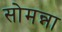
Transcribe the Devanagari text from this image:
सोमन्ना